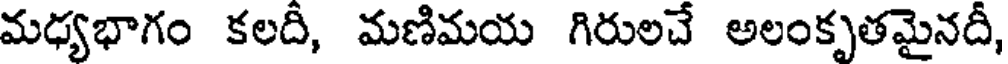
మధ్యభాగం కలదీ, మణిమయ గిరులచే అలంకృతమైనదీ,